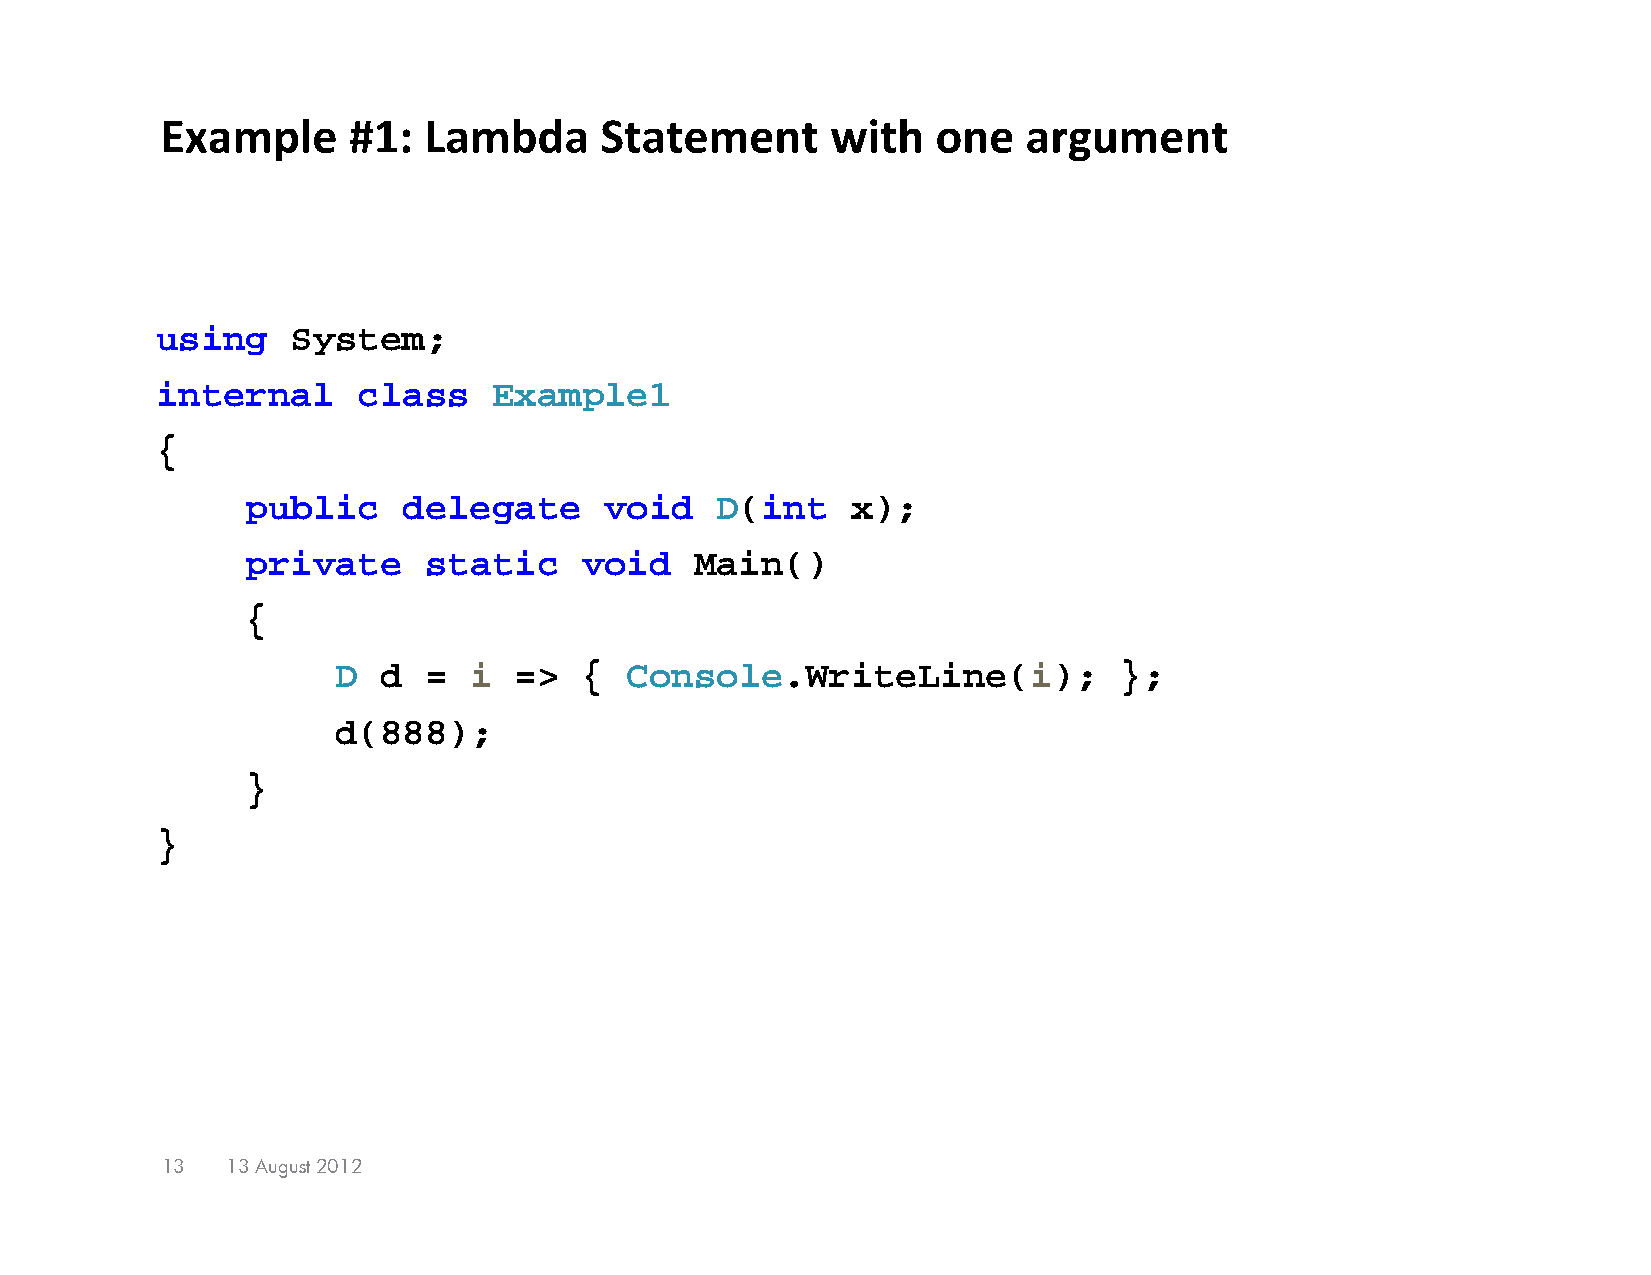
Example     #1:  Lambda      Statement      with   one   argument
 using    System;
 internal      class    Example1
 {
 public     delegate     void   D(int    x);
 private     static    void    Main()
 {
 D  d  =  i  =>  {  Console.WriteLine(i);            };
 d(888);
 }
 }
 13  13 August 2012